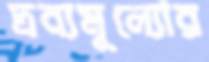
দ্রব্যমূল্যোর